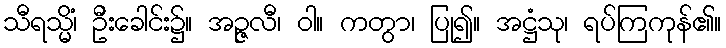
သီရသ္မိံ၊ ဦးခေါင်း၌။ အဉ္ဇလီ၊ ဝါ။ ကတွာ၊ ပြု၍။ အဋ္ဌံသု၊ ရပ်ကြကုန်၏။